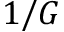
1 / G